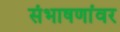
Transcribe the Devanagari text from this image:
संभाषणांवर